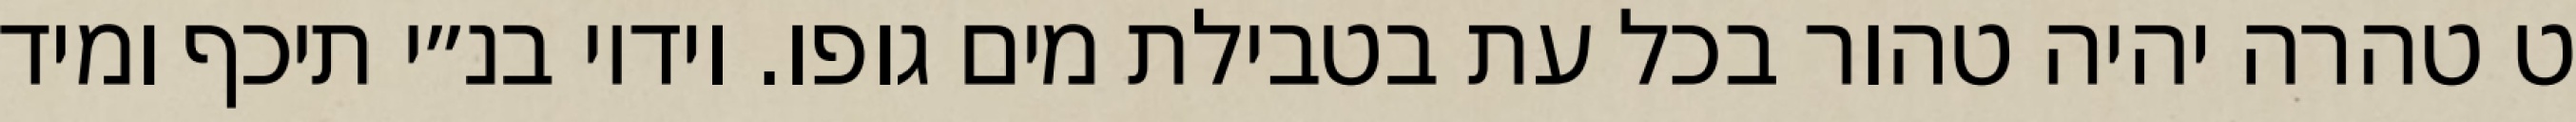
ט טהרה יהיה טהור בכל עת בטבילת מים גופו. וידיו בנ״י תיכף ומיד